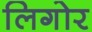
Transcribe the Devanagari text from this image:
लिगोर